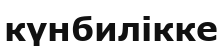
күнбилікке